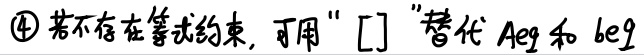
\textcircled{4} 若不存在等式约束，可用“$[]$”替代 $Aeq$ 和 $beq$